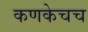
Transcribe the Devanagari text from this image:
कणकेचच